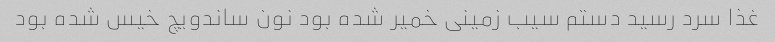
غذا سرد رسید دستم سیب زمینی خمیر شده بود نون ساندویچ خیس شده بود